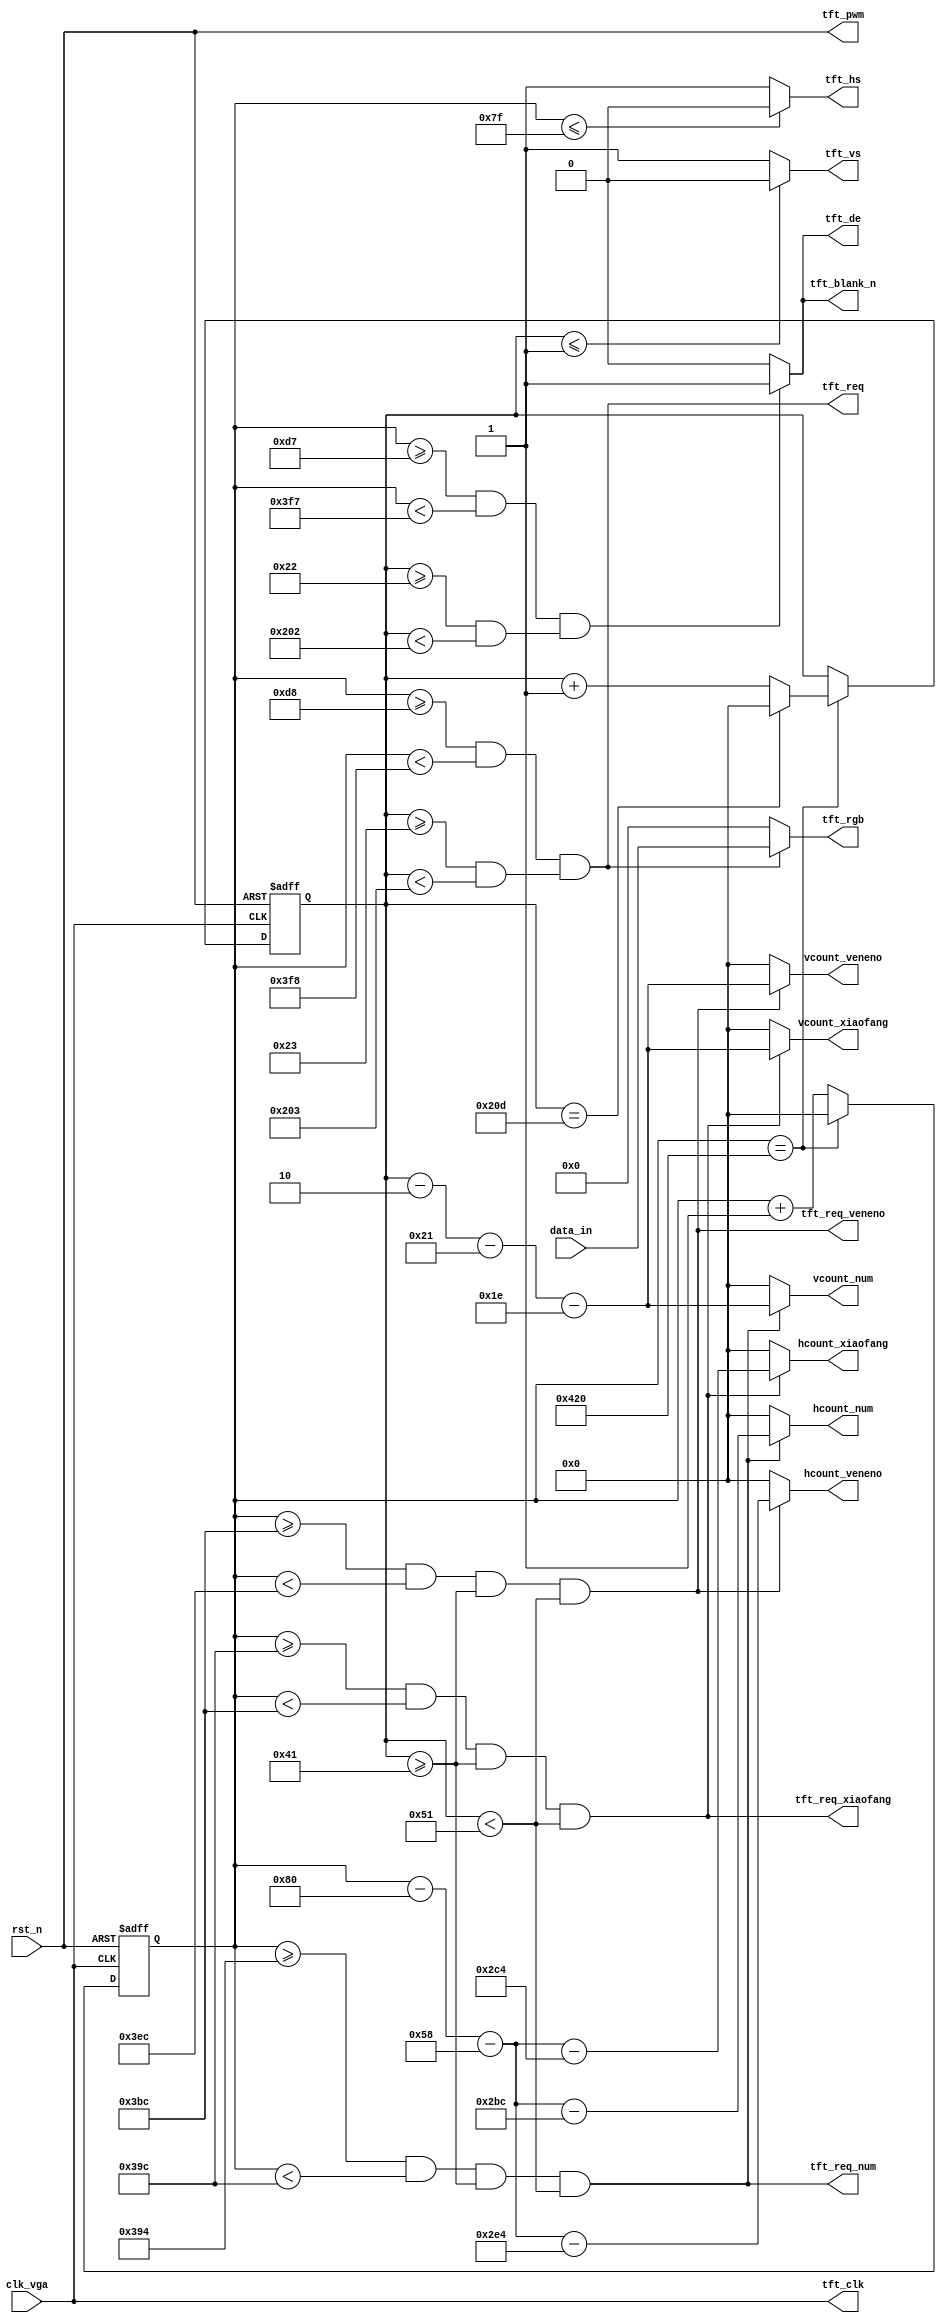
module TFT_driver(
	input						clk_vga,
	input						rst_n,
	
	input			[15:0]	data_in,
	output					tft_req,				//
	
	output					tft_req_veneno,	//veneno
	output		[10:0]	hcount_veneno,		//xveneno
	output		[10:0]	vcount_veneno,		//yveneno
	
	output					tft_req_xiaofang,	//
	output		[10:0]	hcount_xiaofang,	//x-
	output		[10:0]	vcount_xiaofang,	//y
	
	output					tft_req_num,		//num
	output		[10:0]	hcount_num,			//x-num
	output		[10:0]	vcount_num,			//y-num
	
	output		[15:0]	tft_rgb,
	output					tft_hs,
	output					tft_vs,
	output					tft_clk,
	output					tft_de,
	output					tft_pwm,
	output					tft_blank_n
);
//800*480
parameter	H_SYNC  = 11'd128,
				H_BACK  = 11'd88,
				H_DISP  = 11'd800,
				H_FRONT = 11'd40,
				H_TOTAL = 11'd1056,
				V_SYNC  = 11'd2,
				V_BACK  = 11'd33,
				V_DISP  = 11'd480,
				V_FRONT = 11'd10,
				V_TOTAL = 11'd525;

//
parameter	X_START = 11'd0,	
				X_ZOOM  = 11'd800,
				Y_START = 11'd0,
				Y_ZOOM  = 11'd480;

parameter	X_START_veneno	=	11'd740,
				X_ZOOM_veneno	=	11'd48,
				Y_START_veneno	=	11'd30,
				Y_ZOOM_veneno	=	11'd16; 
				
parameter	X_START_xiaofang	=	11'd708,
				X_ZOOM_xiaofang	=	11'd32,
				Y_START_xiaofang	=	11'd30,
				Y_ZOOM_xiaofang	=	11'd16; 
				
parameter	X_START_num	=	11'd700,
				X_ZOOM_num	=	11'd8,
				Y_START_num	=	11'd30,
				Y_ZOOM_num	=	11'd16;

//hcount_r
reg		[10:0]		hcount_r;
always @(posedge clk_vga or negedge rst_n) begin
	if(!rst_n)
		hcount_r = 11'd0;
	else
		if(hcount_r == H_TOTAL)
			hcount_r <= 11'd0;
		else
			hcount_r <= hcount_r + 1'b1;
end

//vcount_r
reg		[10:0]		vcount_r;
always @(posedge clk_vga or negedge rst_n) begin
	if(!rst_n)
		vcount_r = 11'd0;
	else if(hcount_r == H_TOTAL)
		if(vcount_r == V_TOTAL)
			vcount_r <= 11'd0;
		else
			vcount_r <= vcount_r + 1'b1;
	else
		vcount_r <= vcount_r;
end



//req
assign tft_req = ((hcount_r >= (H_SYNC + H_BACK + X_START)) && (hcount_r < (H_SYNC + H_BACK  + X_START + X_ZOOM)))
				  && ((vcount_r >= (V_SYNC + V_BACK + Y_START)) && (vcount_r < (V_SYNC + V_BACK  + Y_START + Y_ZOOM)));

assign tft_req_veneno = ((hcount_r>= (H_SYNC + H_BACK + X_START_veneno)) && (hcount_r< (H_SYNC + H_BACK  + X_START_veneno + X_ZOOM_veneno ))
							  &&(vcount_r>= (V_SYNC + V_BACK + Y_START_veneno)) && (vcount_r< (V_SYNC + V_BACK  + Y_START_veneno + Y_ZOOM_veneno)));
							  
assign tft_req_xiaofang = ((hcount_r>= (H_SYNC + H_BACK + X_START_xiaofang)) && (hcount_r< (H_SYNC + H_BACK  + X_START_xiaofang + X_ZOOM_xiaofang ))
							  &&(vcount_r>= (V_SYNC + V_BACK + Y_START_xiaofang)) && (vcount_r< (V_SYNC + V_BACK  + Y_START_xiaofang + Y_ZOOM_xiaofang)));

assign tft_req_num = ((hcount_r>= (H_SYNC + H_BACK + X_START_num)) && (hcount_r< (H_SYNC + H_BACK  + X_START_num + X_ZOOM_num ))
						  &&(vcount_r>= (V_SYNC + V_BACK + Y_START_num)) && (vcount_r< (V_SYNC + V_BACK  + Y_START_num + Y_ZOOM_num)));
							  
//hcount & vcount
assign hcount_veneno = tft_req_veneno ? (hcount_r - H_SYNC - H_BACK - X_START_veneno ):11'd0;  
assign vcount_veneno = tft_req_veneno ? (vcount_r - V_SYNC - V_BACK - Y_START_veneno ):11'd0;

assign hcount_xiaofang = tft_req_xiaofang ? (hcount_r - H_SYNC - H_BACK - X_START_xiaofang ):11'd0;  
assign vcount_xiaofang = tft_req_xiaofang ? (vcount_r - V_SYNC - V_BACK - Y_START_xiaofang ):11'd0;

assign hcount_num = tft_req_num ? (hcount_r - H_SYNC - H_BACK - X_START_num ):11'd0;  
assign vcount_num = tft_req_num ? (vcount_r - V_SYNC - V_BACK - Y_START_num ):11'd0;

//de
assign tft_de= ((hcount_r >= (H_SYNC + H_BACK - 1'b1)) && (hcount_r < (H_SYNC + H_BACK + H_DISP - 1'b1)))
				&& ((vcount_r >= (V_SYNC + V_BACK - 1'b1)) && (vcount_r < (V_SYNC + V_BACK + V_DISP - 1'b1))) ? 1'b1:1'b0;

//rgb
assign tft_rgb = (tft_req) ? data_in : 16'd0;

//HS & VS
assign tft_hs = (hcount_r <= (H_SYNC - 1'b1)) ? 1'b0 : 1'b1;
assign tft_vs = (vcount_r <= (V_SYNC - 1'b1)) ? 1'b0 : 1'b1;

//Other Pins
assign tft_clk 	= clk_vga;
assign tft_pwm 	= rst_n;
assign tft_blank_n= tft_de;
endmodule